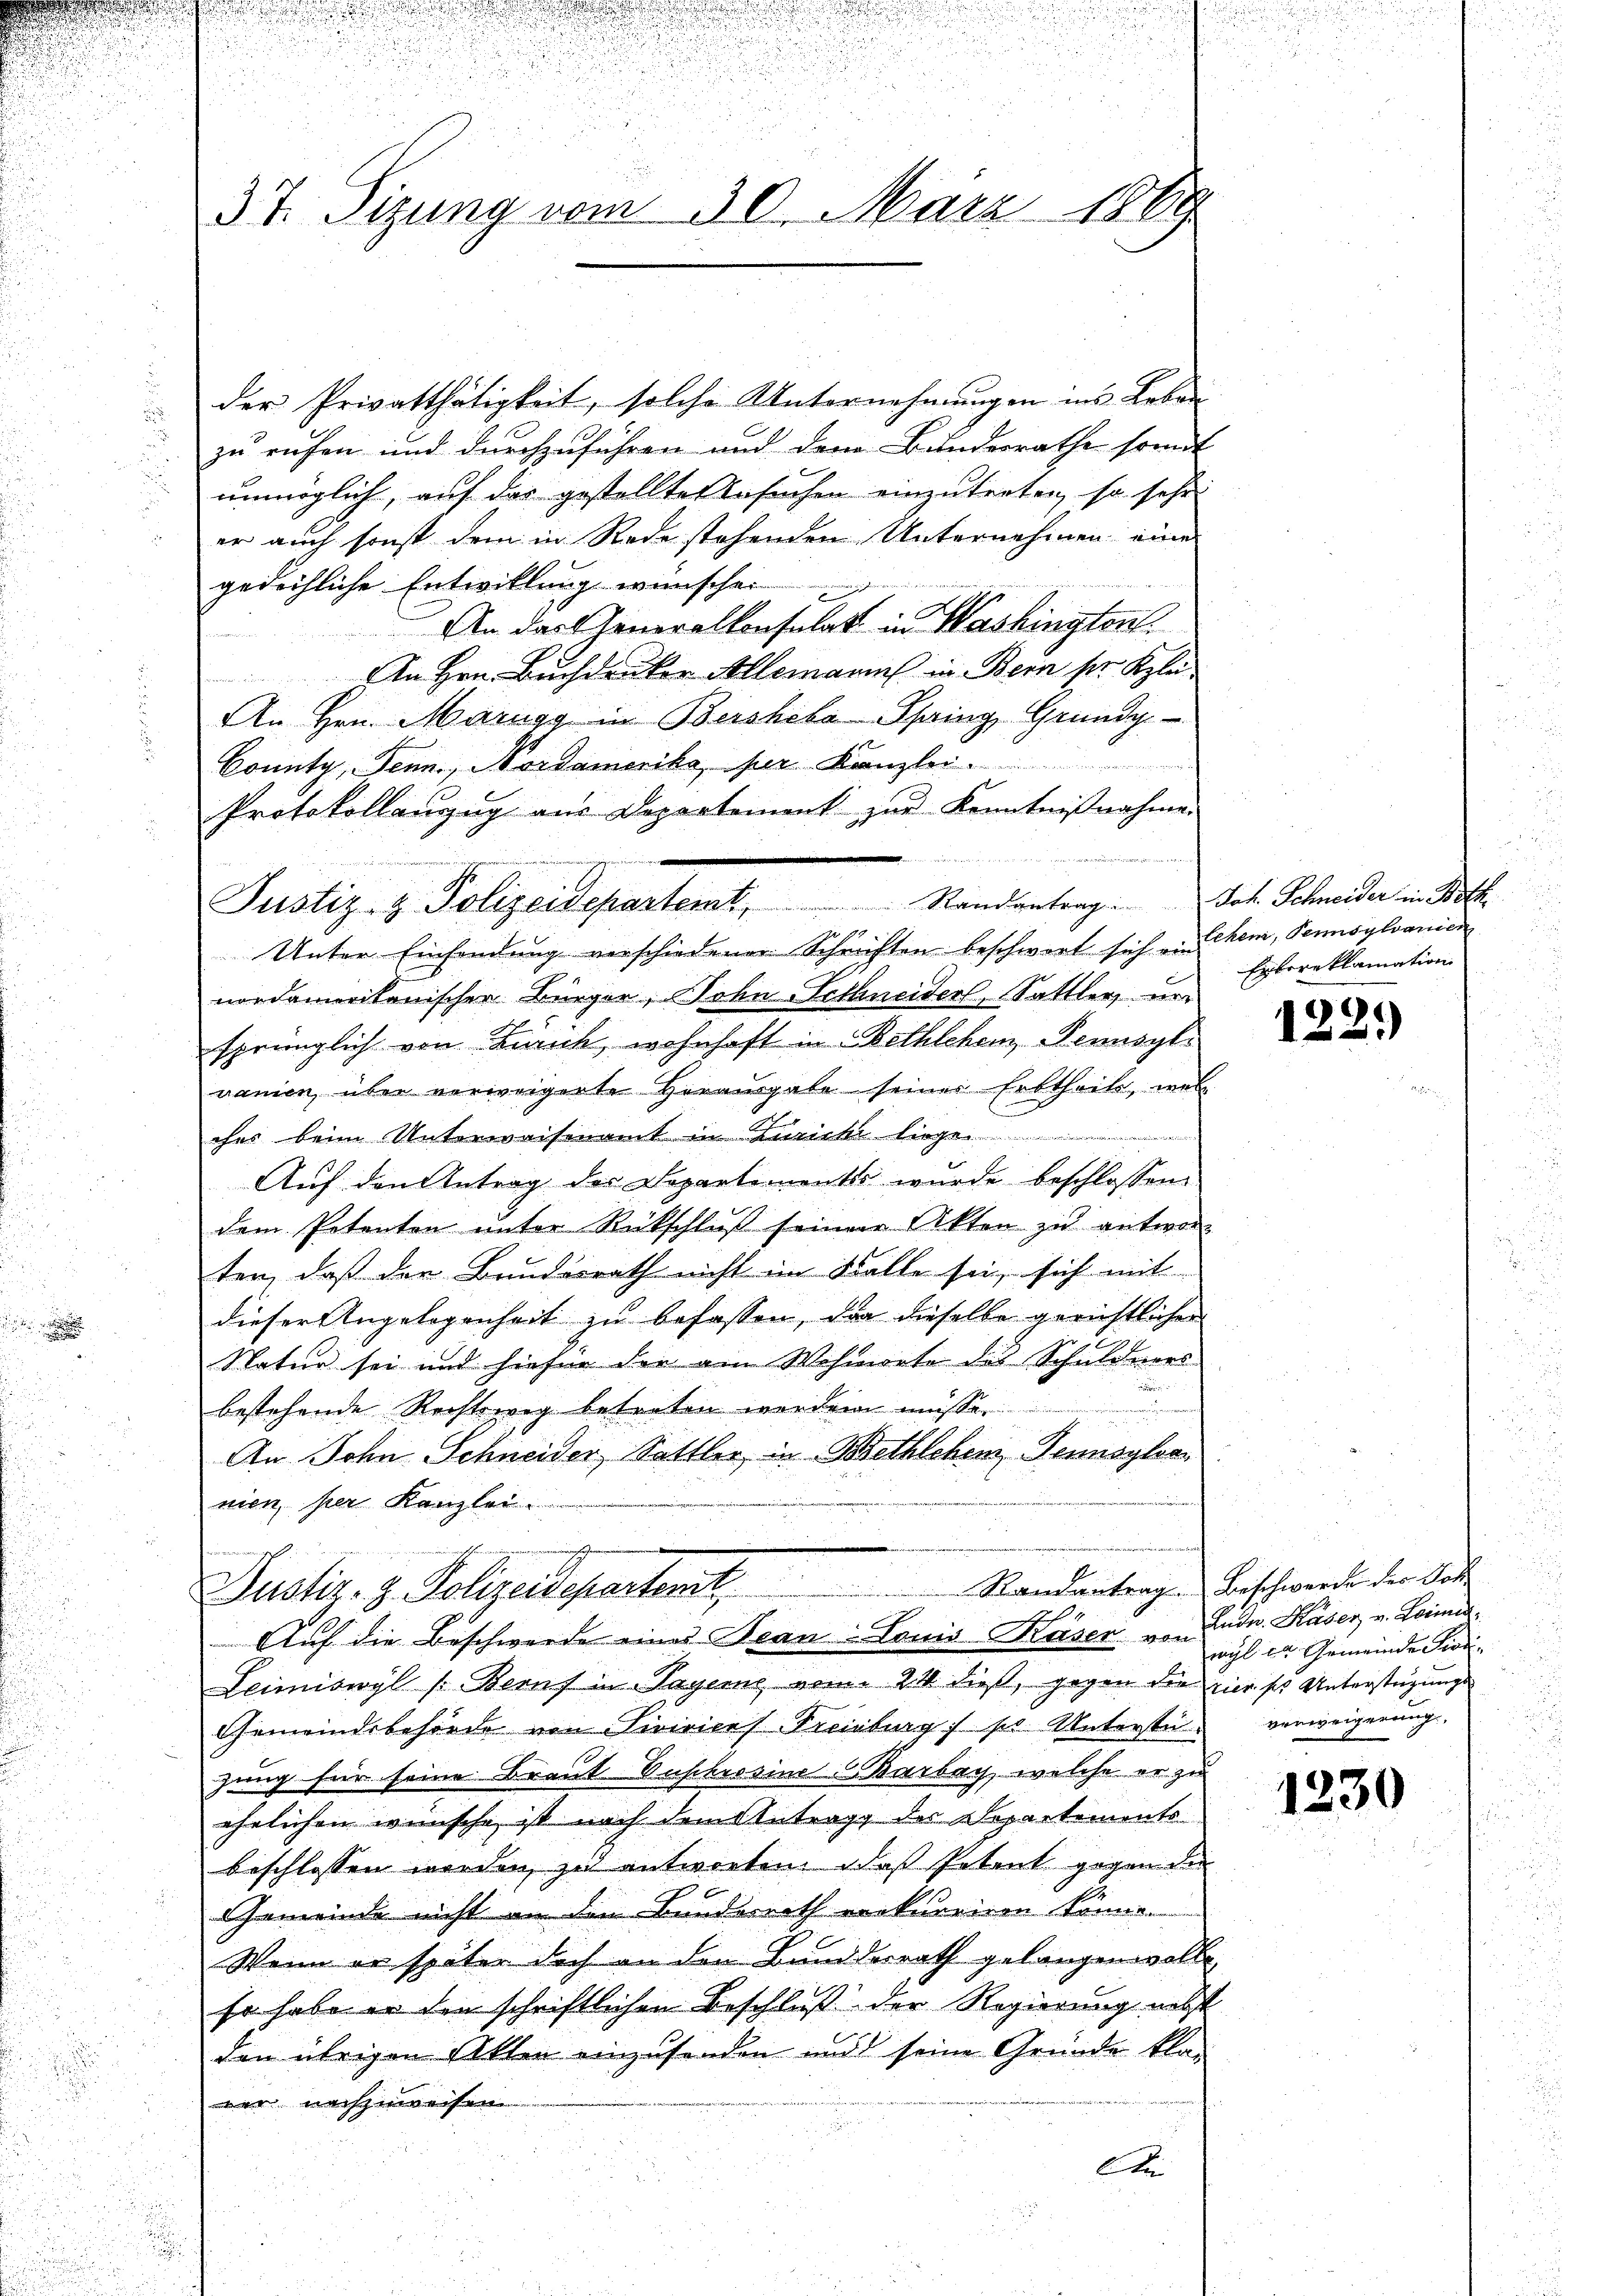
.
i

d

u

u
r
.
2 d
3t. Sizung vom 30. März 1869

d
der Privatthätigkeit, solche Unternehmungen ins Leben
zu ruhen und durchzuführen und dem Bundesrathe somit
unmöglich, auf das gestellten Besuchen einzutreten, so sehr
er auch sonst dem in Rede stehenden Unternehmen eines
gedeihliche Entwillung wünschen
x
An das Generalkonsulat in Washingten.
An Hrn. Buchdruker Allemann in Bern ser Klei
An Hrn. Marugg in Bershoba Spring, Grundg
County, Senn, Nordamerika, er Kanzlei.
Protokollanzug aus Departement zur Kenntnißnahmen
nordamerikanischer Bürger, Sohn Techneider, Sattler vor
sprünglich von Zürich, wohnhaft in Bethlehen Pennsyl
vanien über verweigerte Herausgabe seiner Erbtheils, wel
C
ches beim Unterweisenamt in Zuricht liege
Auf den Antrag der Departements wurde beschlossen:
dem Potenten unter Rückschluß seinem Akten zu antwor-
ten, daß der Bundesrath nicht im Kalle sei, sich mit
dieser Angelegenheit zu befassen, da dieselbe gerichtlicher
Natur sei und hiefür die am Wehmwete des Schuldners
bestehende Rechtsweg betreten werden müsse
An Sohn Schneider Sattler, in Bethlchem Tennsylva
nien, per Kanzlei.

in
Justiz & Polizeidepartemt, Randantrag Joh. Schneider in Both
o
Unter Einsendung verschiedener Schriften beschwort sich u. Ehen, Pennsylvanien

Pustiz- & Polizeidepartent,
Auf die Beschwerde eines Tean Louis Käser von Ludn. Kaser, v. Leima¬

Reantrag Beschwerde der Soh

Entereklamation

Leimiswyl (Berns in Payerne vom 24. dieß, gegen der vier ses Unterstüzungs
Gemeindsbehörde von Firivices Freiburg / pr. Unterste verweigerung
zung für seine Braut Zuschrosine Barbach, welche er zu
ehrlichen wünsche ist nach dem Antrage des Departements
beschlossen werden, zu antworten, daß Petent gegen die
Gemeinde nicht an den Bauderath erekurriren könne.
Wenn er später doch an den Bundderrath gelangen wolle.
so habe er den schriftlichen Beschluß der Regierung nicht
den übrigen Akten einzusenden und seine Gründe klar
wir nachzuweisen
Ate
d

122.)

wyl er Gemeinde Sinn

1230